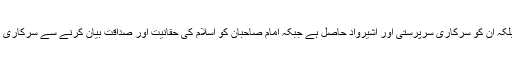
اُن پر کوئی مقدمہ نہیں چلایا جاتا، بلکہ اُن کو سرکاری سرپرستی اور آشیرواد حاصل ہے جبکہ امام صاحبان کو اسلام کی حقانیت اور صداقت بیان کرنے سے سرکاری طاقت کے ذریعے روکا جارہا ہے۔